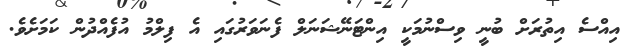
އިއްސެ އިތުރަށް ބުނީ ވިސްނުމަކީ އިންޓަނޭޝަނަލް ފެނަވަރުގައި އެ ފިލްމު އުފެއްދުން ކަމަށެވެ.